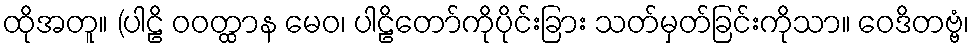
ထိုအတူ။ (ပါဠိ ဝဝတ္ထာန မေဝ၊ ပါဠိတော်ကိုပိုင်းခြား သတ်မှတ်ခြင်းကိုသာ။ ဝေဒိတဗ္ဗံ၊